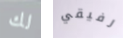
لك رفيقي